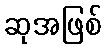
ဆုအဖြစ်